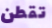
تقطن